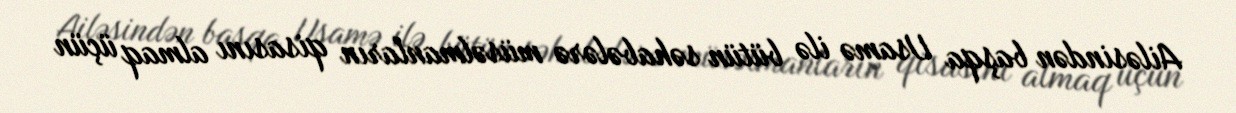
Ailəsindən başqa Usamə ilə bütün səhabələrə müsəlmanların qisasını almaq üçün